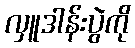
လှူဒါန်းပွဲကို